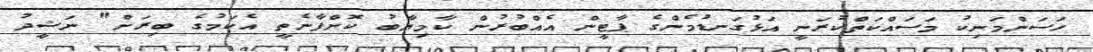
ހަސަންމަނިކު މަސައްކަތްކުރަނީ އަޅުގަނޑުމެންގެ ޕާޓީން އެއްބުރުން ކާމިޔާބު ކޮށްފާނެތީ އެކަމުގެ ބިރަށް" ނަޝީދު